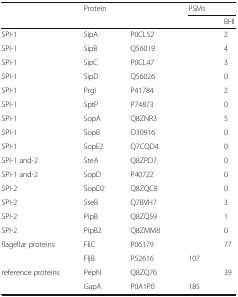
<table><thead><tr><td rowspan="2">[EMPTY_CELL]</td><td rowspan="2"><b>Protein</b></td><td rowspan="2">[EMPTY_CELL]</td><td colspan="2"><b>PSMs</b></td></tr><tr><td>[EMPTY_CELL]</td><td><b>BHI</b></td></tr></thead><tbody><tr><td>SPI-1</td><td>SipA</td><td>P0CL52</td><td>[EMPTY_CELL]</td><td>2</td></tr><tr><td>SPI-1</td><td>SipB</td><td>Q56019</td><td>[EMPTY_CELL]</td><td>4</td></tr><tr><td>SPI-1</td><td>SipC</td><td>P0CL47</td><td>[EMPTY_CELL]</td><td>3</td></tr><tr><td>SPI-1</td><td>SipD</td><td>Q56026</td><td>[EMPTY_CELL]</td><td>0</td></tr><tr><td>SPI-1</td><td>PrgI</td><td>P41784</td><td>[EMPTY_CELL]</td><td>2</td></tr><tr><td>SPI-1</td><td>SptP</td><td>P74873</td><td>[EMPTY_CELL]</td><td>0</td></tr><tr><td>SPI-1</td><td>SopA</td><td>Q8ZNR3</td><td>[EMPTY_CELL]</td><td>5</td></tr><tr><td>SPI-1</td><td>SopB</td><td>O30916</td><td>[EMPTY_CELL]</td><td>0</td></tr><tr><td>SPI-1</td><td>SopE2</td><td>Q7CQD4</td><td>[EMPTY_CELL]</td><td>0</td></tr><tr><td>SPI-1 and-2</td><td>SteA</td><td>Q8ZPD7</td><td>[EMPTY_CELL]</td><td>0</td></tr><tr><td>SPI-1 and-2</td><td>SopD</td><td>P40722</td><td>[EMPTY_CELL]</td><td>0</td></tr><tr><td>SPI-2</td><td>SopD2</td><td>Q8ZQC8</td><td>[EMPTY_CELL]</td><td>0</td></tr><tr><td>SPI-2</td><td>SseB</td><td>Q7BVH7</td><td>[EMPTY_CELL]</td><td>3</td></tr><tr><td>SPI-2</td><td>PipB</td><td>Q8ZQ59</td><td>[EMPTY_CELL]</td><td>1</td></tr><tr><td>SPI-2</td><td>PipB2</td><td>Q8ZMM8</td><td>[EMPTY_CELL]</td><td>0</td></tr><tr><td rowspan="2">flagellar proteins</td><td>FliC</td><td>P06179</td><td>[EMPTY_CELL]</td><td>77</td></tr><tr><td>FljB</td><td>P52616</td><td>107</td><td>[EMPTY_CELL]</td></tr><tr><td rowspan="2">reference proteins</td><td>PepN</td><td>Q8ZQ76</td><td>[EMPTY_CELL]</td><td>39</td></tr><tr><td>GapA</td><td>P0A1P0</td><td>185</td><td>[EMPTY_CELL]</td></tr></tbody></table>